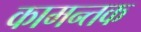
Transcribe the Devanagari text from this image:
कामन्तक